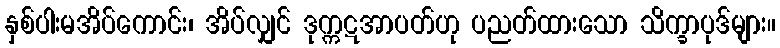
နှစ်ပါးမအိပ်ကောင်း၊ အိပ်လျှင် ဒုက္ကဋအာပတ်ဟု ပညတ်ထားသော သိက္ခာပုဒ်များ။